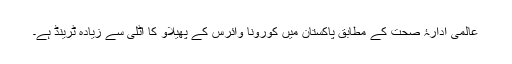
عالمی ادارۂ صحت کے مطابق پاکستان میں کورونا وائرس کے پھیلاو کا اٹلی سے زیادہ ٹرینڈ ہے۔